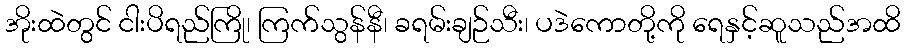
အိုးထဲတွင် ငါးပိရည်ကြို၊ ကြက်သွန်နီ၊ ခရမ်းချဉ်သီး၊ ပဒဲကောတို့ကို ရေနှင့်ဆူသည်အထိ